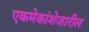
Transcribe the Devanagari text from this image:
एकमेकांशेजारील